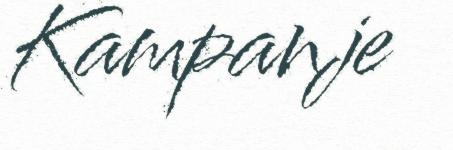
Kampanje